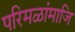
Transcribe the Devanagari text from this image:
परिमळांमाजि